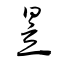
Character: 昱